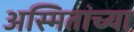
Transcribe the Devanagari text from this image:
अस्मितांच्या